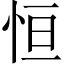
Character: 恒